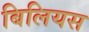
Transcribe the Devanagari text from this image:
बिलियस